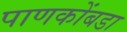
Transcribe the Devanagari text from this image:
पाणकोंबडा